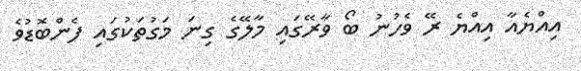
އިއްޔެއާ އިއްޔެ ރޭ ވެހުނު ބޯ ވާރޭގައި މާލޭގެ ގިނަ މަގުތަކުގައި ފެންބޮޑުވެ